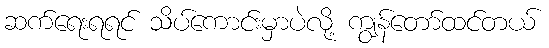
ဆက်ရေးရရင် သိပ်ကောင်းမှာပဲလို့ ကျွန်တော်ထင်တယ်